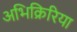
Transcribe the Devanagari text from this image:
अभिक्रिरिया